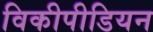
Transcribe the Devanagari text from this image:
विकीपीडियन